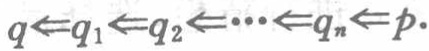
\(q\leftarrow q_{1}\leftarrow q_{2}\leftarrow\cdots\leftarrow q_{n}\leftarrow p\)